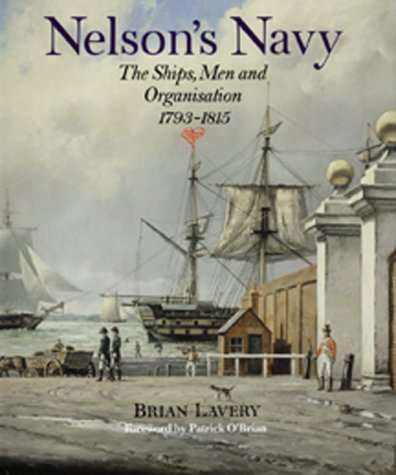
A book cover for Nelson's Navy: The Ships, Men, and Organization, 1793-1815; Brian Lavery; History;